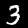
Digit: 3